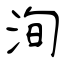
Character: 洵